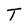
Character: T